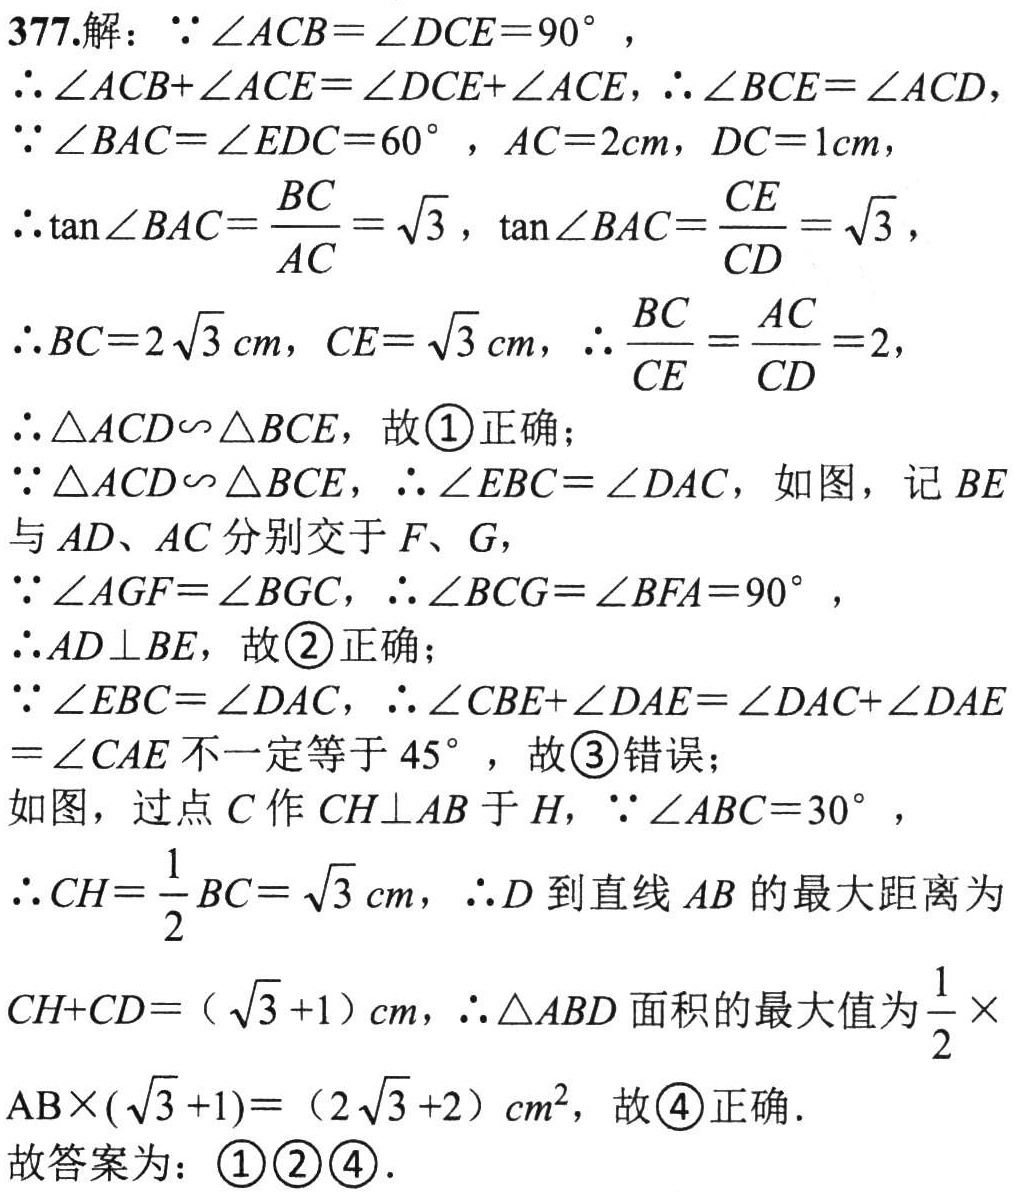
377.解：\(\because\angle ACB = \angle DCE = 90^{\circ}\)，

\(\therefore\angle ACB+\angle ACE=\angle DCE+\angle ACE\)，\(\therefore\angle BCE=\angle ACD\)，

\(\because\angle BAC = \angle EDC = 60^{\circ}\)，\(AC = 2cm\)，\(DC = 1cm\)，

\(\therefore\tan\angle BAC=\frac{BC}{AC}=\sqrt{3}\)，\(\tan\angle BAC=\frac{CE}{CD}=\sqrt{3}\)，

\(\therefore BC = 2\sqrt{3}cm\)，\(CE=\sqrt{3}cm\)，\(\therefore\frac{BC}{CE}=\frac{AC}{CD}=2\)，

\(\therefore\triangle ACD\sim\triangle BCE\)，故\textcircled{1}正确；

\(\because\triangle ACD\sim\triangle BCE\)，\(\therefore\angle EBC=\angle DAC\)，如图，记\(BE\)与\(AD\)、\(AC\)分别交于\(F\)、\(G\)，

\(\because\angle AGF=\angle BGC\)，\(\therefore\angle BCG=\angle BFA = 90^{\circ}\)，

\(\therefore AD\perp BE\)，故\textcircled{2}正确；

\(\because\angle EBC=\angle DAC\)，\(\therefore\angle CBE+\angle DAE=\angle DAC+\angle DAE=\angle CAE\)不一定等于\(45^{\circ}\)，故\textcircled{3}错误；

如图，过点\(C\)作\(CH\perp AB\)于\(H\)，\(\because\angle ABC = 30^{\circ}\)，

\(\therefore CH=\frac{1}{2}BC=\sqrt{3}cm\)，\(\therefore D\)到直线\(AB\)的最大距离为

\(CH + CD=(\sqrt{3}+1)cm\)，\(\therefore\triangle ABD\)面积的最大值为\(\frac{1}{2}\times\)

\(AB\times(\sqrt{3}+1)=(2\sqrt{3}+2)cm^{2}\)，故\textcircled{4}正确．

故答案为：\textcircled{1}\textcircled{2}\textcircled{4}．